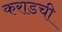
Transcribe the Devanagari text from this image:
कराडची